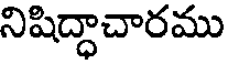
నిషిద్ధాచారము